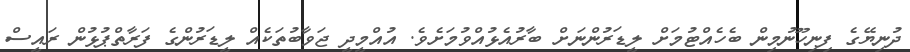
ދުނިޔޭގެ ފިނިހޫނުމިން ބެހެއްޓުމަށް ލީޑަރުންނަށް ބާރުއެޅުއްވުމަށެވެ. އުއްމީދީ ޖަވާބުތަކެއް ލީޑަރުންގެ ފަރާތްޕުޅުން ރައީސް